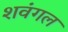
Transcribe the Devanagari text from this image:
शवंगल